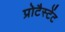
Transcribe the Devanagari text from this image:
प्रोटैस्टेंट